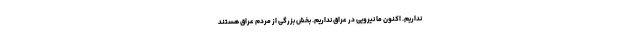
نداریم. اکنون ما نیرویی در عراق نداریم. بخش بزرگی از مردم عراق‌ هستند